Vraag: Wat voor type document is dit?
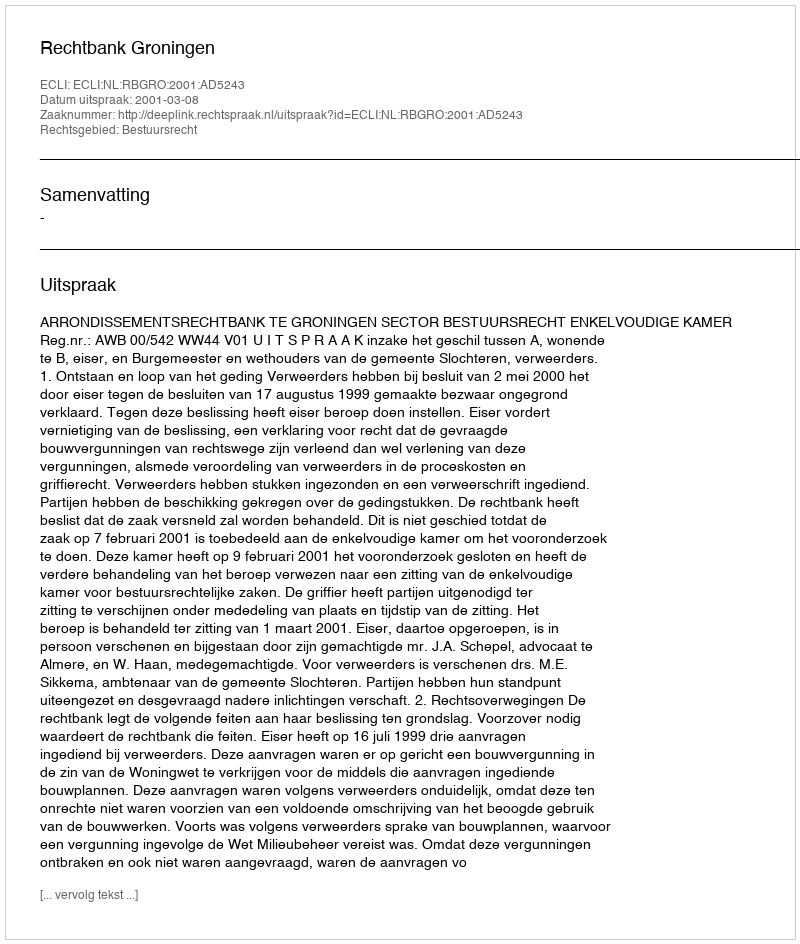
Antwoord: Uitspraak